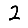
Digit: 2